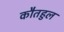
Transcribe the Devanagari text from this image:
कौतहुल